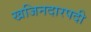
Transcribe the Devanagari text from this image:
खजिनदारपदी